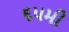
૬૫મી